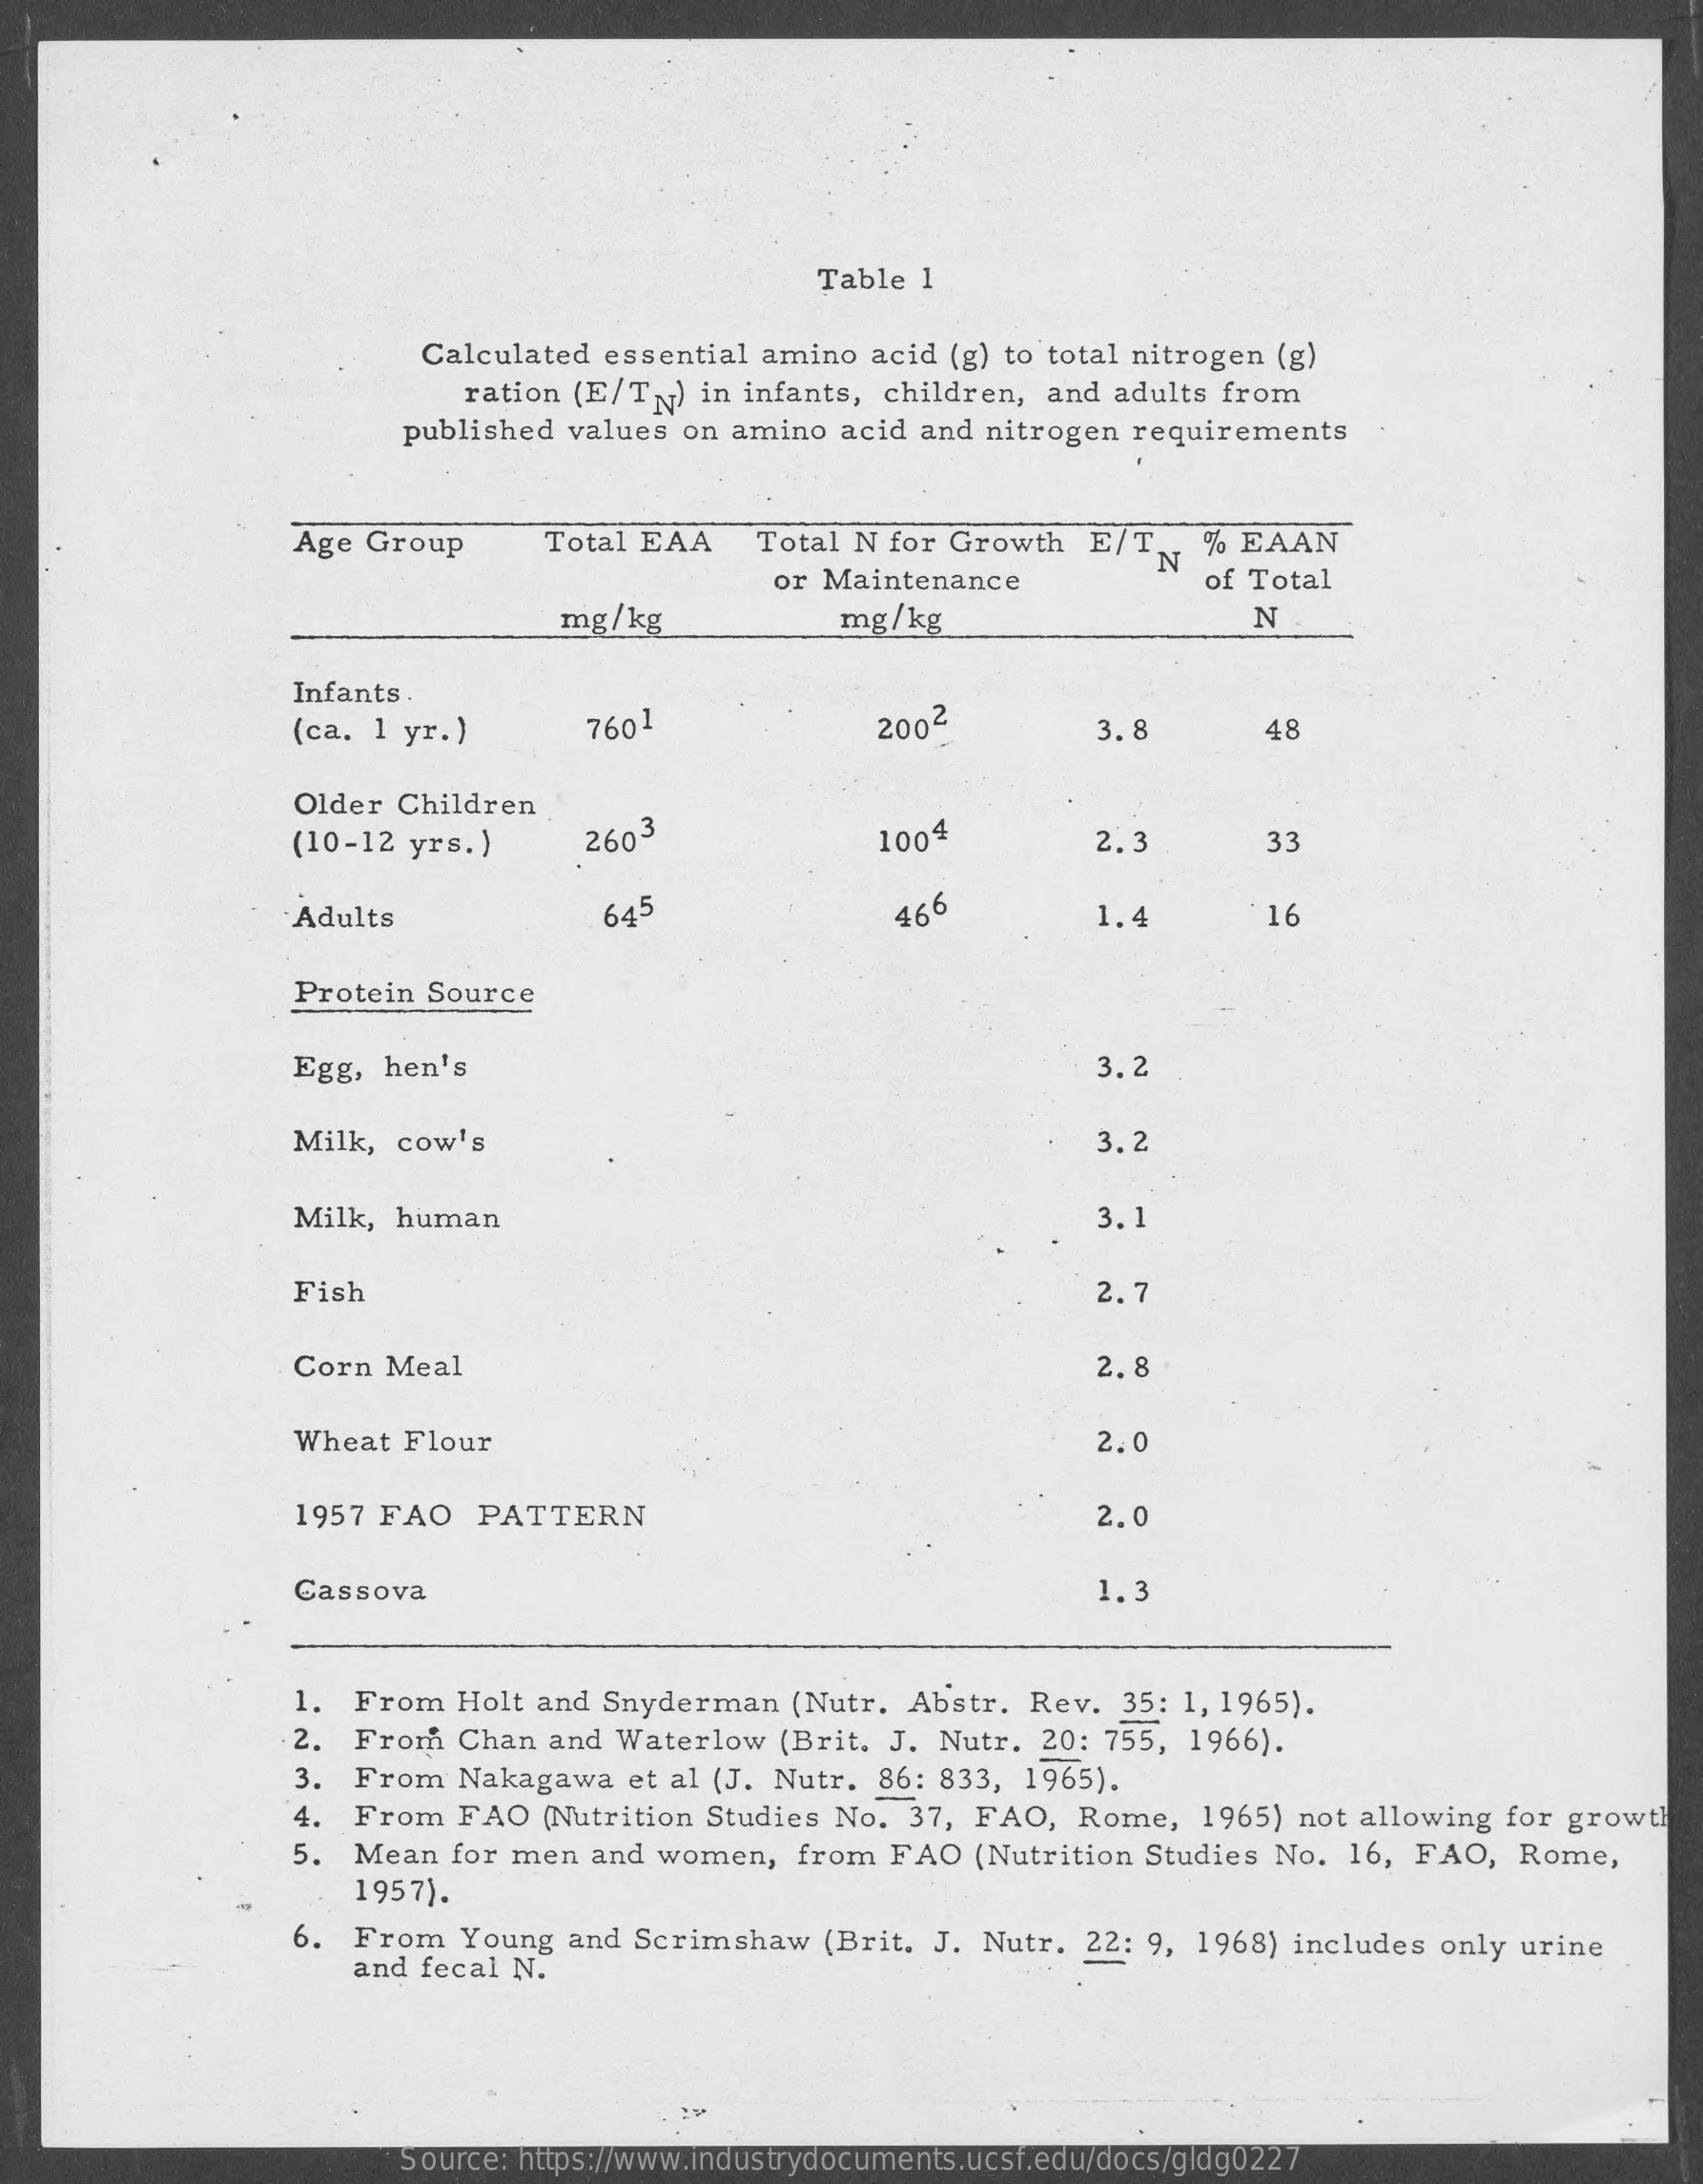
Table 1
     Calculated essential amino acid (g) to total nitrogen (g)
     ration (E/TN) in infants, children, and adults from
     published values on amino acid and nitrogen requirements
     Age Group   Total EAA Total N for Growth E/T.
     N
     % EAAN
     or Maintenance    of Total
     mg/kg    mg/kg    N
     Infants .
     (ca. 1 yr.)   7601    2002    3.8    48
     Older Children
     (10-12 yrs.)  2603    1004    2.3    33
     Adults    645    466    1.4    16
     Protein Source
     Egg, hen's    3.2
     Milk, cow's    3.2
     Milk, human    3. 1
     Fish    2.7
     Corn Meal    2.8
     Wheat Flour    2.0
     1957 FAO PATTERN    2.0
     Cassova    1.3
     1. From Holt and Snyderman (Nutr. Abstr. Rev. 35: 1, 1965).
     2. From Chan and Waterlow (Brit. J. Nutr. 20: 755, 1966).
     3. From Nakagawa et al (J. Nutr. 86: 833, 1965).
     4. From FAO (Nutrition Studies No. 37, FAO, Rome, 1965) not allowing for growth
     5. Mean for men and women, from FAO (Nutrition Studies No. 16, FAO, Rome,
     1957).
     -
     6.
     and fecal N.
     From Young and Scrimshaw (Brit. J. Nutr. 22: 9, 1968) includes only urine
     Source: https://www.industrydocuments.ucsf.edu/docs/gldg0227